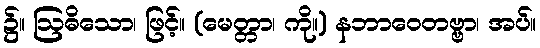
၌။ ဩဓိသော၊ ဖြင့်။ (မေတ္တာ၊ ကို။) နဘာဝေတဗ္ဗာ၊ အပ်။